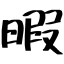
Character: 暇